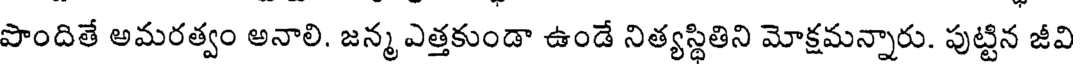
పొందితే అమరత్వం అనాలి. జన్మ ఎత్తకుండా ఉండే నిత్యస్థితిని మోక్షమన్నారు. పుట్టిన జీవి